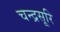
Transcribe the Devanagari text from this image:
चन्द्रसूरि